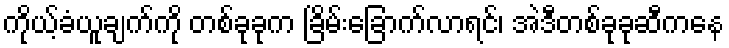
ကိုယ့်ခံယူချက်ကို တစ်ခုခုက ခြိမ်းခြောက်လာရင်၊ အဲဒီတစ်ခုခုဆီကနေ